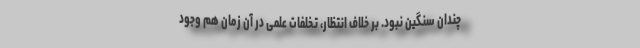
چندان سنگین نبود. بر خلاف انتظار، تخلفات علمی در آن زمان هم وجود